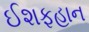
ઈશફહાન